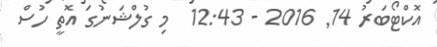
އޮކްޓޯބަރު 14